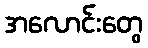
အလောင်းတွေ